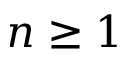
n \geq 1